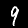
Digit: 9